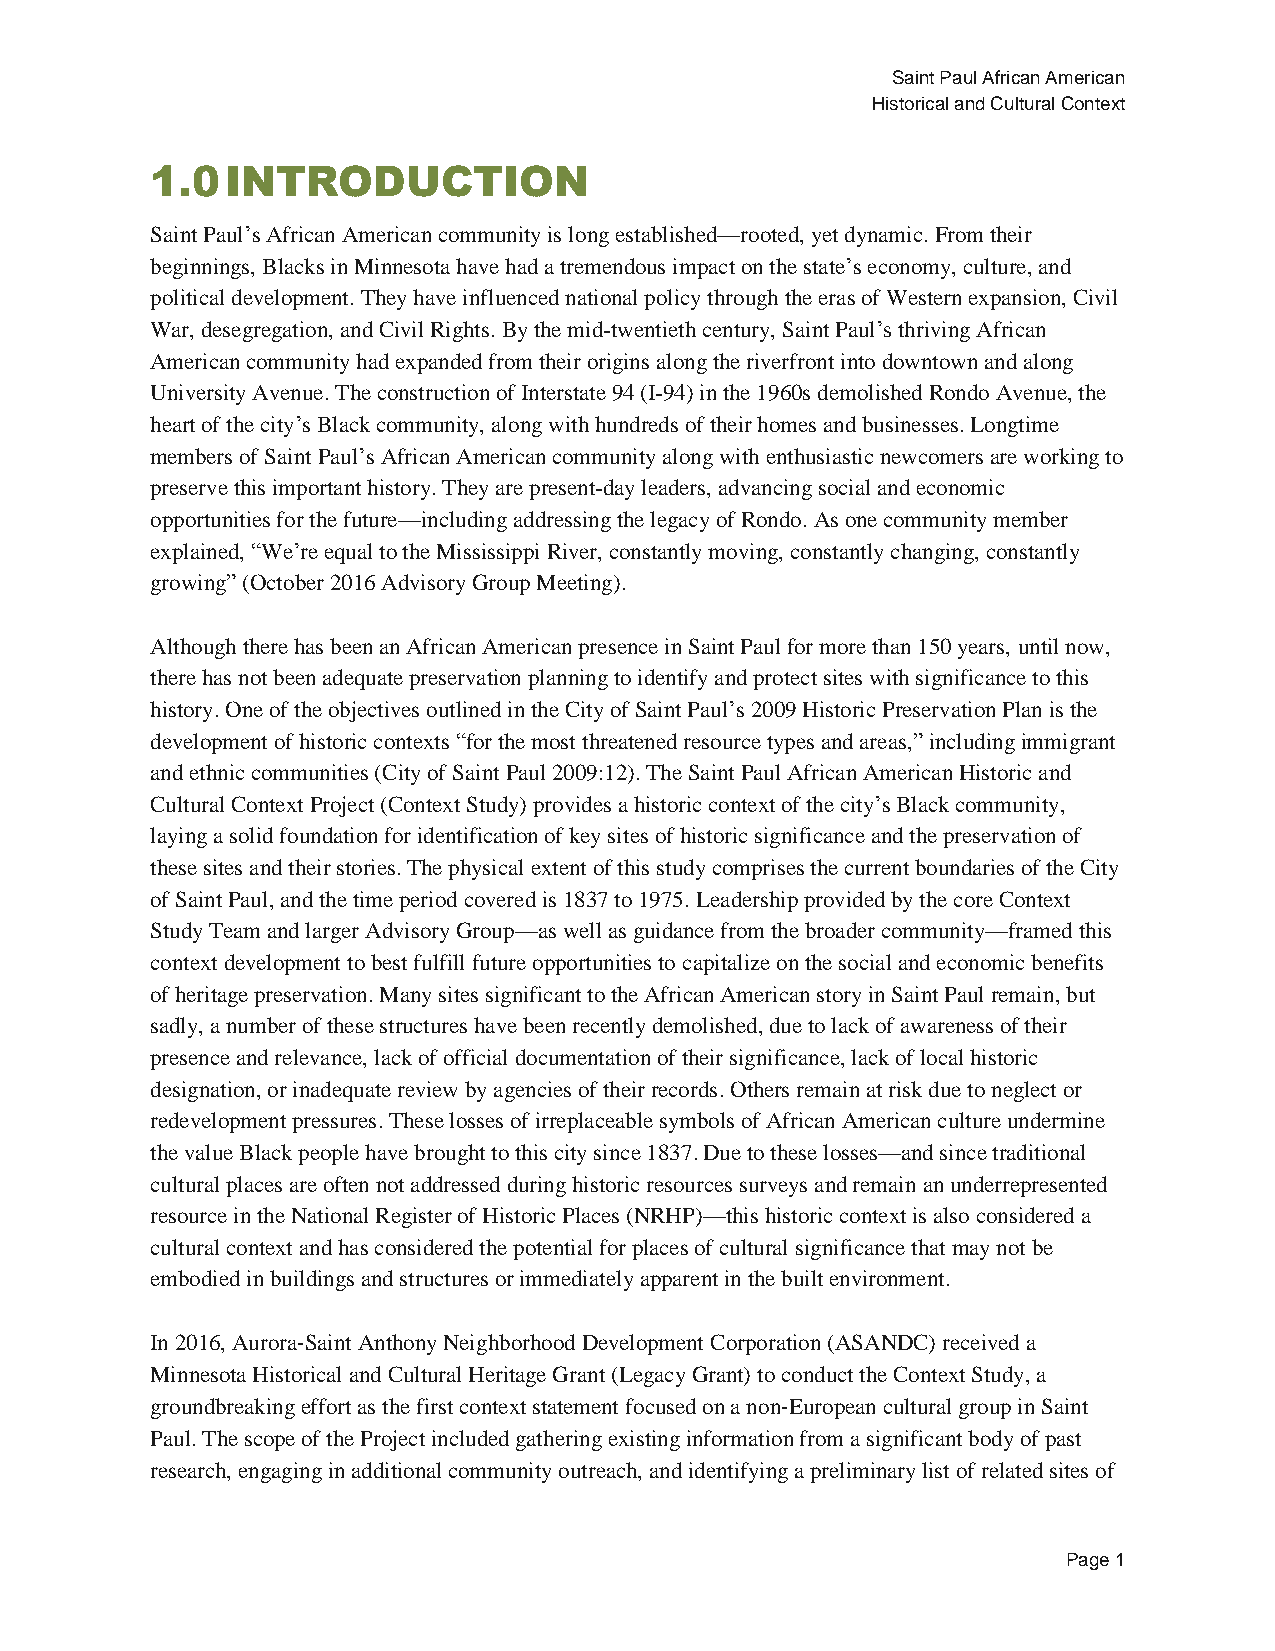
Saint Paul African American
 Historical and Cultural Context
 1.0  INTRODUCTION
 Saint Paul’s African American community is long established—rooted, yet dynamic. From their
 beginnings, Blacks in Minnesota have had a tremendous impact on the state’s economy, culture, and
 political development. They have influenced national policy through the eras of Western expansion, Civil
 War, desegregation, and Civil Rights. By the mid-twentieth century, Saint Paul’s thriving African
 American community had expanded from their origins along the riverfront into downtown and along
 University Avenue. The construction of Interstate 94 (I-94) in the 1960s demolished Rondo Avenue, the
 heart of the city’s Black community, along with hundreds of their homes and businesses. Longtime
 members of Saint Paul’s African American community along with enthusiastic newcomers are working to
 preserve this important history. They are present-day leaders, advancing social and economic
 opportunities for the future—including addressing the legacy of Rondo. As one community member
 explained, “We’re equal to the Mississippi River, constantly moving, constantly changing, constantly
 growing” (October 2016 Advisory Group Meeting).
 Although there has been an African American presence in Saint Paul for more than 150 years, until now,
 there has not been adequate preservation planning to identify and protect sites with significance to this
 history. One of the objectives outlined in the City of Saint Paul’s 2009 Historic Preservation Plan is the
 development of historic contexts “for the most threatened resource types and areas,” including immigrant
 and ethnic communities (City of Saint Paul 2009:12). The Saint Paul African American Historic and
 Cultural Context Project (Context Study) provides a historic context of the city’s Black community,
 laying a solid foundation for identification of key sites of historic significance and the preservation of
 these sites and their stories. The physical extent of this study comprises the current boundaries of the City
 of Saint Paul, and the time period covered is 1837 to 1975. Leadership provided by the core Context
 Study Team and larger Advisory Group—as well as guidance from the broader community—framed this
 context development to best fulfill future opportunities to capitalize on the social and economic benefits
 of heritage preservation. Many sites significant to the African American story in Saint Paul remain, but
 sadly, a number of these structures have been recently demolished, due to lack of awareness of their
 presence and relevance, lack of official documentation of their significance, lack of local historic
 designation, or inadequate review by agencies of their records. Others remain at risk due to neglect or
 redevelopment pressures. These losses of irreplaceable symbols of African American culture undermine
 the value Black people have brought to this city since 1837. Due to these losses—and since traditional
 cultural places are often not addressed during historic resources surveys and remain an underrepresented
 resource in the National Register of Historic Places (NRHP)—this historic context is also considered a
 cultural context and has considered the potential for places of cultural significance that may not be
 embodied in buildings and structures or immediately apparent in the built environment.
 In 2016, Aurora-Saint Anthony Neighborhood Development Corporation (ASANDC) received a
 Minnesota Historical and Cultural Heritage Grant (Legacy Grant) to conduct the Context Study, a
 groundbreaking effort as the first context statement focused on a non-European cultural group in Saint
 Paul. The scope of the Project included gathering existing information from a significant body of past
 research, engaging in additional community outreach, and identifying a preliminary list of related sites of
 Page 1